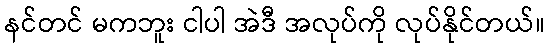
နင်တင် မကဘူး ငါပါ အဲဒီ အလုပ်ကို လုပ်နိုင်တယ်။